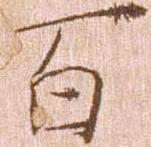
百